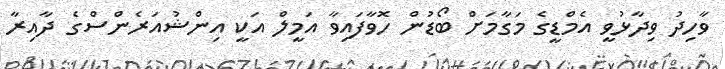
ވާހިދު ވިދާޅުވީ އެމްޑީގެ މަގާމަށް ބޯޑުން ހޮވާފައިވާ އަމީލް އަކީ އިންޝުއަރެންސްގެ ދާއިރާ